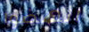
انهضوا